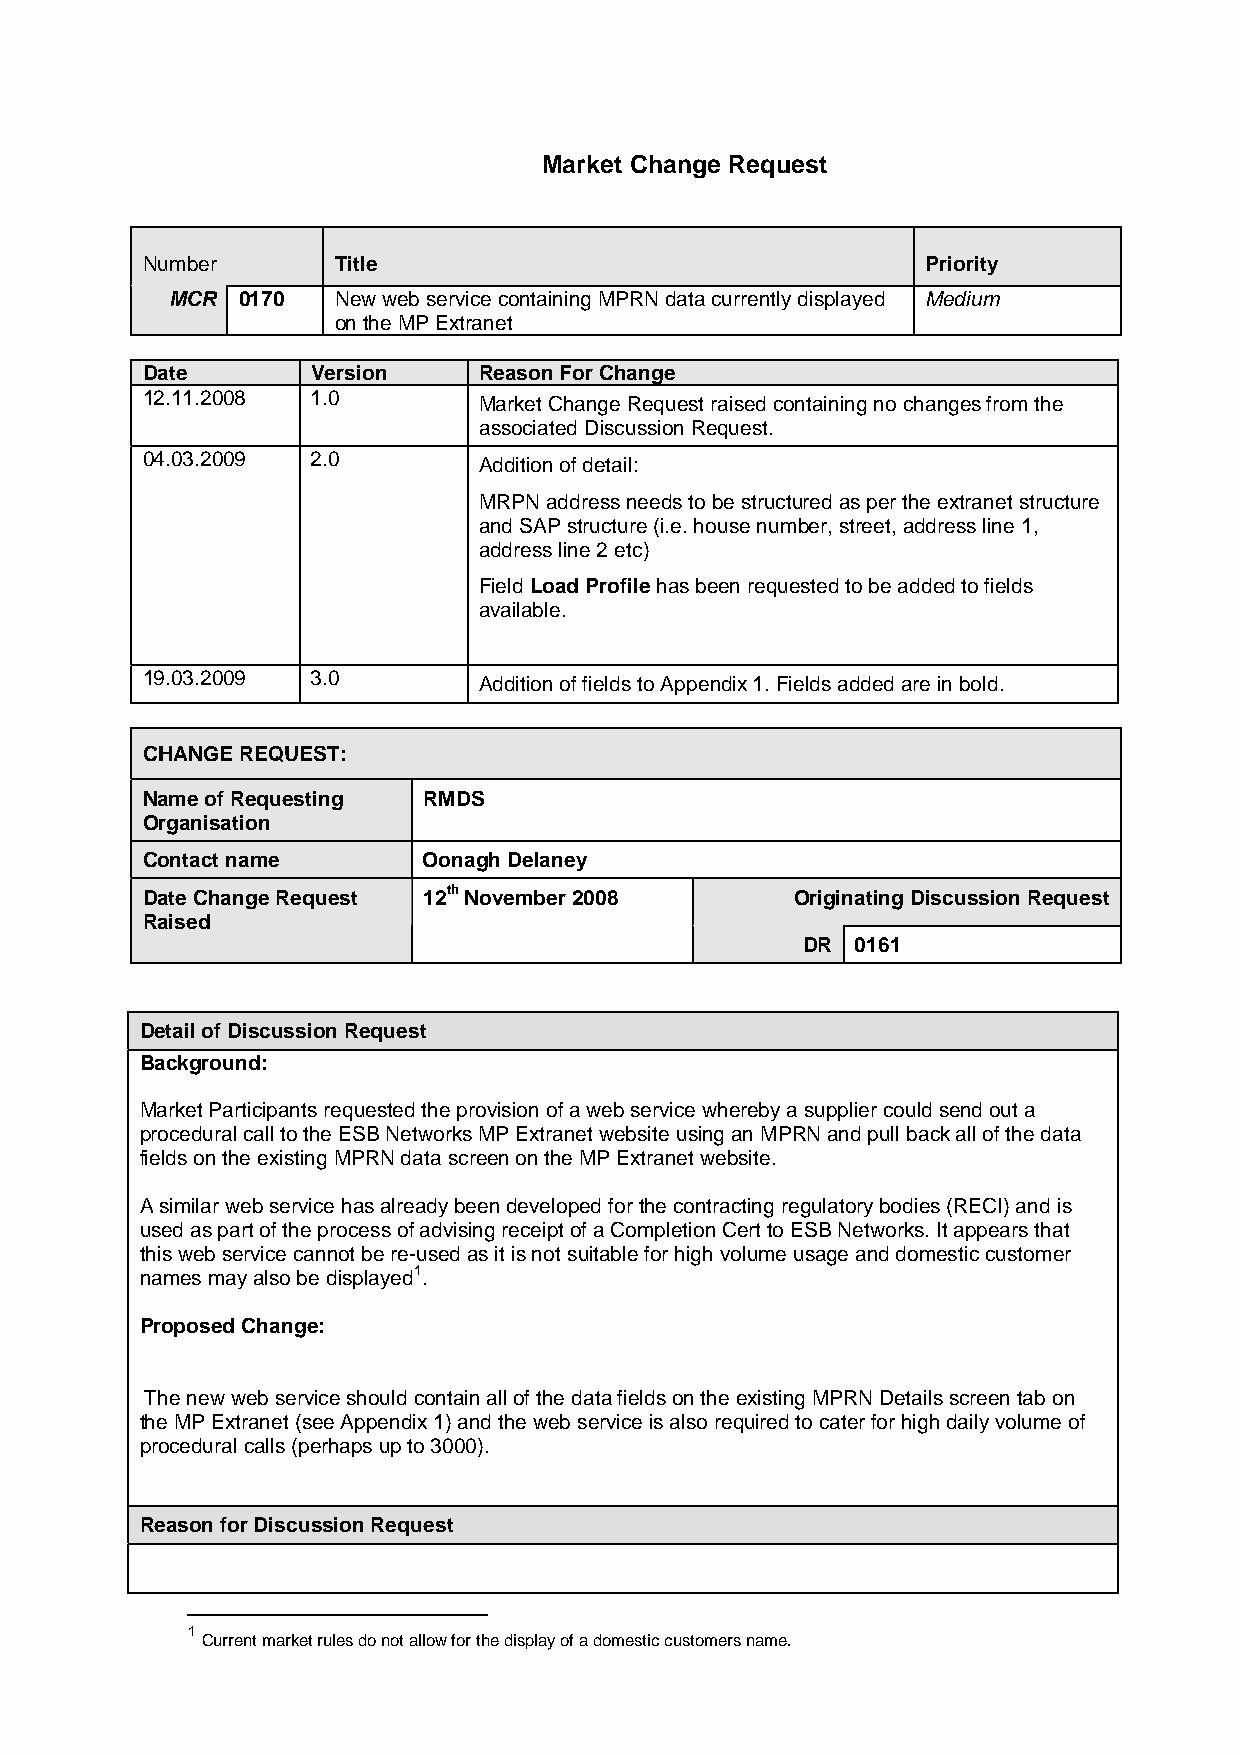
Market Change Request
 Number       Title                                  Priority
 MCR  0170  New web service containing MPRN data currently displayed Medium
 on the MP Extranet
 Date        Version    Reason For Change
 12.11.2008  1.0        Market Change Request raised containing no changes from the
 associated Discussion Request.
 04.03.2009  2.0        Addition of detail:
 MRPN address needs to be structured as per the extranet structure
 and SAP structure (i.e. house number, street, address line 1,
 address line 2 etc)
 Field Load Profile has been requested to be added to fields
 available.
 19.03.2009  3.0        Addition of fields to Appendix 1. Fields added are in bold.
 CHANGE REQUEST:
 Name of Requesting RMDS
 Organisation
 Contact name       Oonagh Delaney
 Date Change Request 12th November 2008      Originating Discussion Request
 Raised
 DR  0161
 Detail of Discussion Request
 Background:
 Market Participants requested the provision of a web service whereby a supplier could send out a
 procedural call to the ESB Networks MP Extranet website using an MPRN and pull back all of the data
 fields on the existing MPRN data screen on the MP Extranet website.
 A similar web service has already been developed for the contracting regulatory bodies (RECI) and is
 used as part of the process of advising receipt of a Completion Cert to ESB Networks. It appears that
 this web service cannot be re-used as it is not suitable for high volume usage and domestic customer
 names may also be displayed1.
 Proposed Change:
 The new web service should contain all of the data fields on the existing MPRN Details screen tab on
 the MP Extranet (see Appendix 1) and the web service is also required to cater for high daily volume of
 procedural calls (perhaps up to 3000).
 Reason for Discussion Request
 1
 Current market rules do not allow for the display of a domestic customers name.